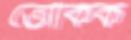
তৌকিক